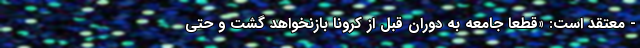
- معتقد است: «قطعا جامعه به دوران قبل از کرونا بازنخواهد گشت و حتی